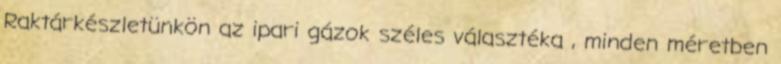
Raktárkészletünkön az ipari gázok széles választéka , minden méretben